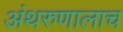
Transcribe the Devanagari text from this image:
अंथरुणालाच